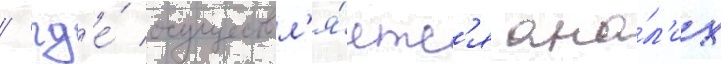
/ гд'е́ осуществл'я́етс'я ана́л'из